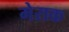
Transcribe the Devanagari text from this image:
मेराक